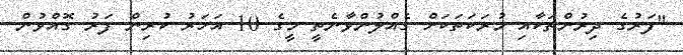
"ފަރުގެ ދިރުންތަކާއި މުރަކަތަކަށް ގެއްލުންވާނެތީ މީގެ 10 އަހަރު ކުރިން ފަރު ގޮއްވުން